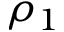
\rho _ { 1 }